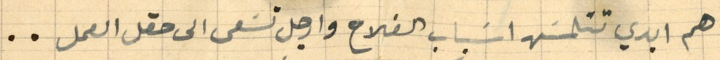
هم ابدي تتلمسَ اسَباب الفلاح وارجل تسَعى الى حقل العمل..